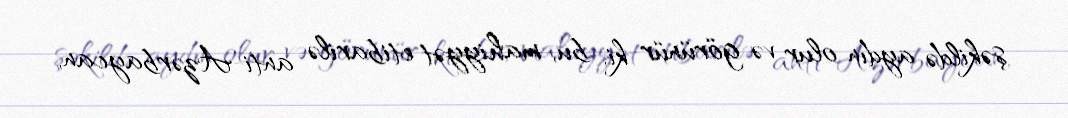
şəkildə aydın olur və görünür ki, bu, mahiyyət etibarilə anti-Azərbaycan,